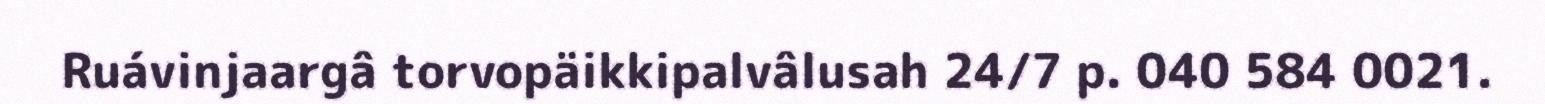
Ruávinjaargâ torvopäikkipalvâlusah 24/7 p. 040 584 0021.